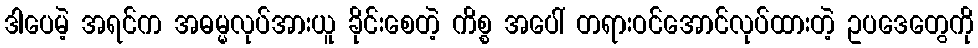
ဒါပေမဲ့ အရင်က အဓမ္မလုပ်အားယူ ခိုင်းစေတဲ့ ကိစ္စ အပေါ် တရားဝင်အောင်လုပ်ထားတဲ့ ဥပဒေတွေကို